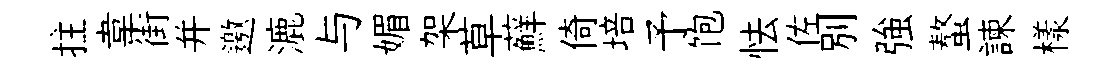
拄韋街并邀漉与媚架草蘚倚培予饱怯佐別強螯諫樣